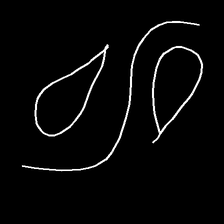
Glyph: water